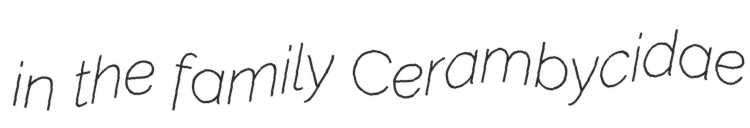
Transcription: in the family Cerambycidae